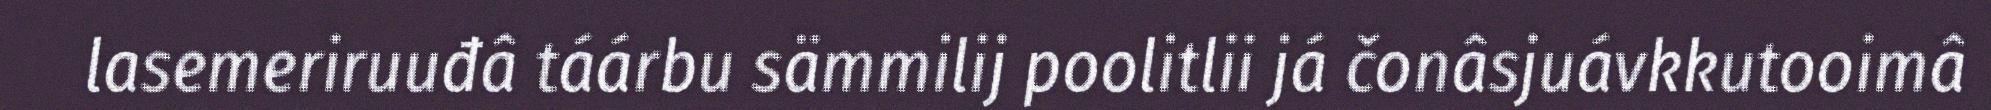
lasemeriruuđâ táárbu sämmilij poolitlii já čonâsjuávkkutooimâ